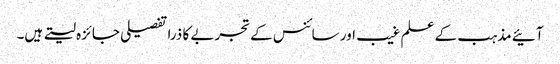
آئیے مذہب کے علم غیب اور سائنس کے تجربے کا ذرا تفصیلی جائزہ لیتے ہیں۔